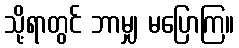
သို့ရာတွင် ဘာမျှ မပြောကြ။